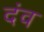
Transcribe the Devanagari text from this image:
दंव